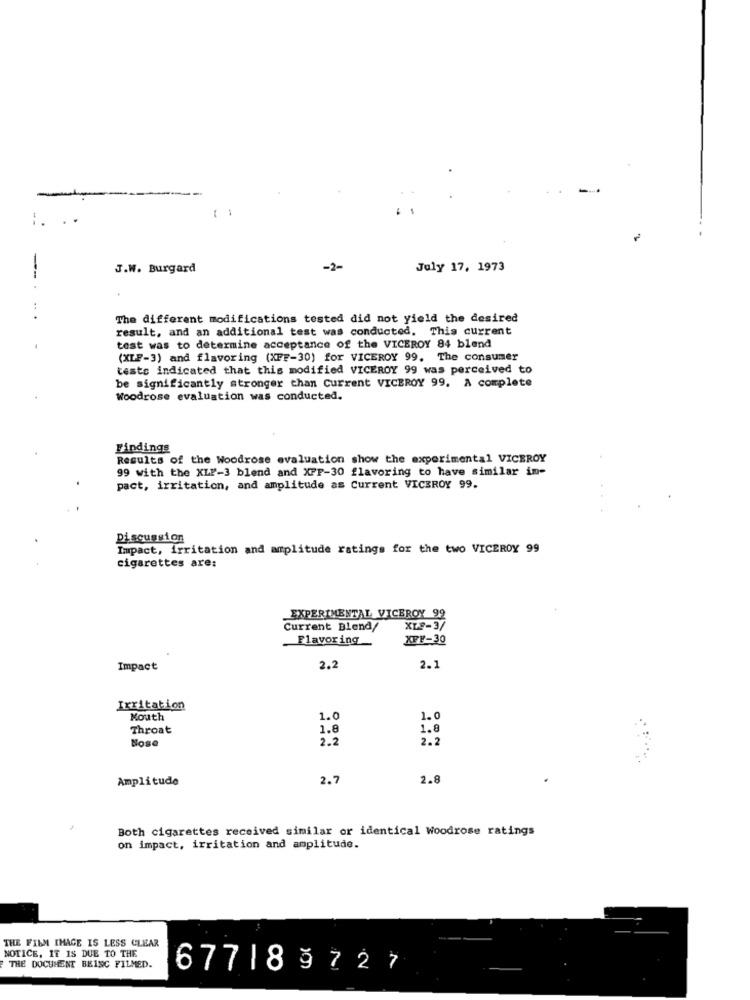
:. ..
--
J.W. Burgard
-2-
July 17, 1973
The different modifications tested did not yield the desired
result, and an additional test was conducted. This current
test was to determine acceptance of the VICEROY 84 blend
(XLF-3) and flavoring (XFF-30) for VICEROY 99. The consumer
tests indicated that this modified VICEROY 99 was perceived to
be significantly stronger than Current VICEROY 99. A complete
Woodrose evaluation was conducted.
Findings
Results of the Woodrose evaluation show the experimental VICEROY
99 with the XLF-3 blend and XFF-30 flavoring to have similar in-
pact, irritation, and amplitude as Current VICEROY 99.
Discussion
Impact, irritation and amplitude ratings for the two VICEROY 99
cigarettes are:
EXPERIMENTAL VICEROY 92
Current Blend/
XLS-3/
Flavoring
XFF-30
Impact
2.2
2.1
Irritation
Mouth
1.0
1.0
Throat
1.8
1.8
Nose
2.2
2.2
Amplitude
2.7
2.8
Both cigarettes received similar or identical Woodrose ratings
on impact, irritation and amplitude.
THE FILM IMAGE IS LESS CLEAR
NOTICE, IT IS DUE TO THE
THE DOCUMENT BEING FILMED.
67718 9727